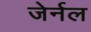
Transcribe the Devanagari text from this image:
जेर्नल